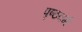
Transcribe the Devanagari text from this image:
पृष्ठवर्म